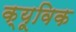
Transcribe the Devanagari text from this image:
क्यूविक